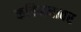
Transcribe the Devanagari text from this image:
कविमनावर